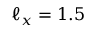
\ell _ { x } = 1 . 5